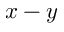
x - y